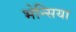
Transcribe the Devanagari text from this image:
भेन्सिया